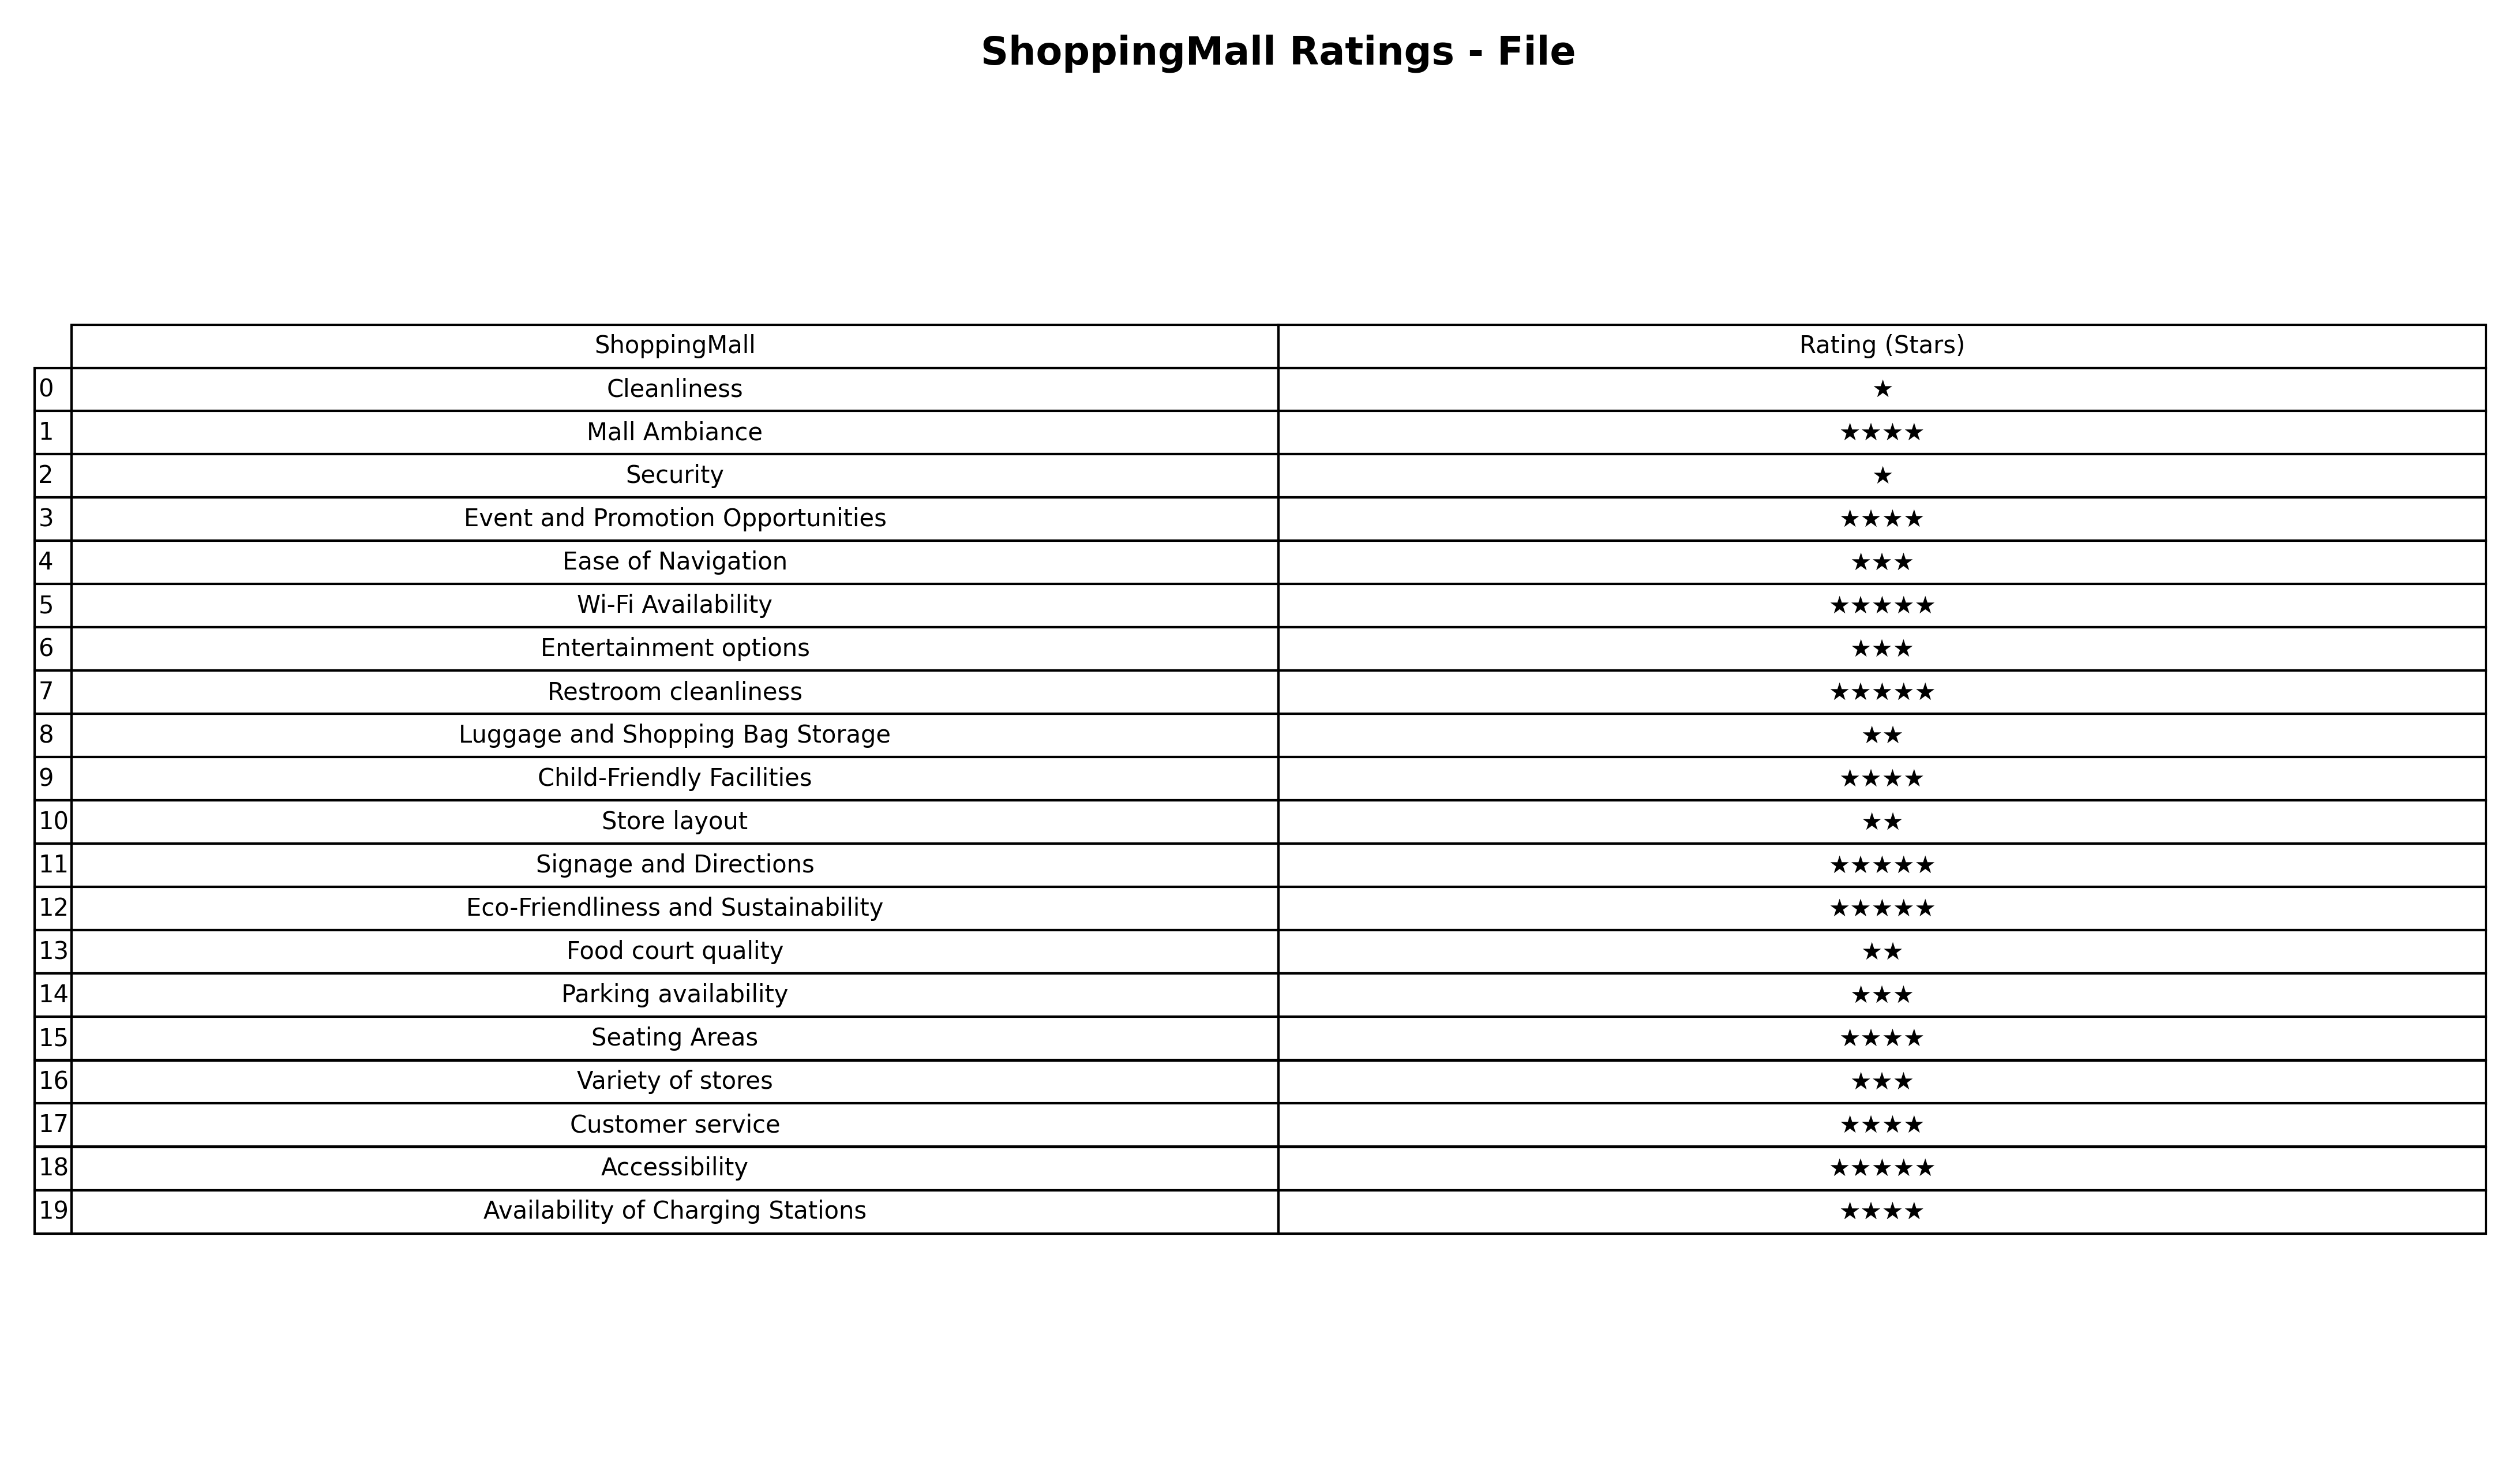
question: What are highest rating services?
answer: Mall AmbianceEvent and Promotion OpportunitiesChild-Friendly FacilitiesSeating AreasCustomer serviceAvailability of Charging Stations